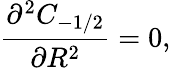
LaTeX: \frac{\partial^{2}C_{-1/2}}{\partial R^{2}}=0,